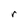
Character: r